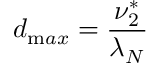
d _ { \mathrm { m } a x } = \frac { \nu _ { 2 } ^ { * } } { \lambda _ { N } }